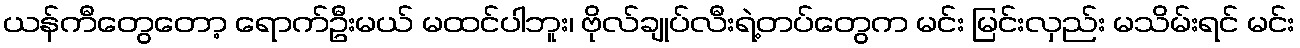
ယန်ကီတွေတော့ ရောက်ဦးမယ် မထင်ပါဘူး၊ ဗိုလ်ချုပ်လီးရဲ့တပ်တွေက မင်း မြင်းလှည်း မသိမ်းရင် မင်း